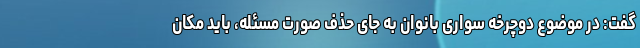
گفت: در موضوع دوچرخه سواری بانوان به جای حذف صورت مسئله، باید مکان